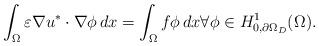
LaTeX: \begin{align*}\int_\Omega \varepsilon \nabla u^* \cdot \nabla \phi\, dx & = \int_\Omega f \phi\, dx\forall \phi \in H^1_{0,\partial \Omega_D}(\Omega).\end{align*}